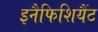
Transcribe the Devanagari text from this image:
इनैफिशियैंट